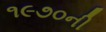
૧૯૭૦ની